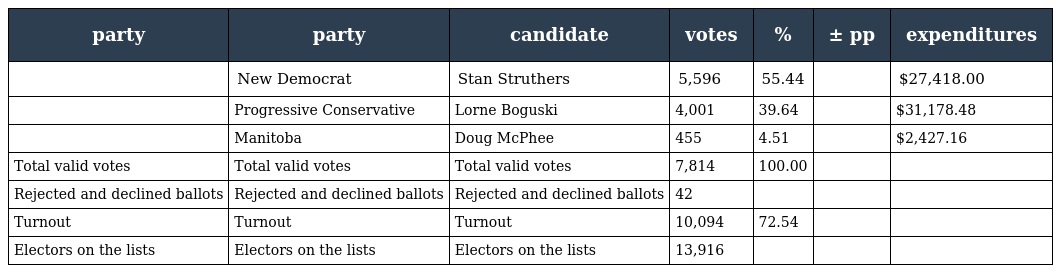
| party | party | candidate | votes | % | ± pp | expenditures |
 | --- | --- | --- | --- | --- | --- | --- |
 |  | New Democrat | Stan Struthers | 5,596 | 55.44 |  | $27,418.00 |
 |  | Progressive Conservative | Lorne Boguski | 4,001 | 39.64 |  | $31,178.48 |
 |  | Manitoba | Doug McPhee | 455 | 4.51 |  | $2,427.16 |
 | Total valid votes | Total valid votes | Total valid votes | 7,814 | 100.00 |  |  |
 | Rejected and declined ballots | Rejected and declined ballots | Rejected and declined ballots | 42 |  |  |  |
 | Turnout | Turnout | Turnout | 10,094 | 72.54 |  |  |
 | Electors on the lists | Electors on the lists | Electors on the lists | 13,916 |  |  |  |